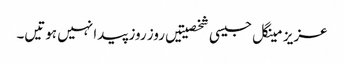
عزیز مینگل جیسی شخصیتیں روز روز پیدا نہیں ہوتیں۔